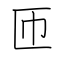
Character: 匝